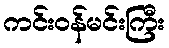
ကင်းဝန်မင်းကြီး